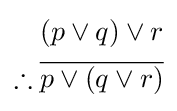
{\begin{aligned}(p\vee q)\vee r\\\therefore {\overline {p\vee (q\vee r)}}\\\end{aligned}}